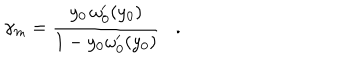
LaTeX: \gamma _ { m } = { \frac { y _ { 0 } \, \omega _ { 0 } ^ { \prime } ( y _ { 0 } ) } { 1 - y _ { 0 } \omega _ { 0 } ^ { \prime } ( y _ { 0 } ) } } .